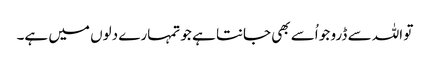
تو اللہ سے ڈرو جو اُسے بھی جانتا ہے جو تمہارے دلوں میں ہے۔